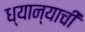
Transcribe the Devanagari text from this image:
ध्यान्याची